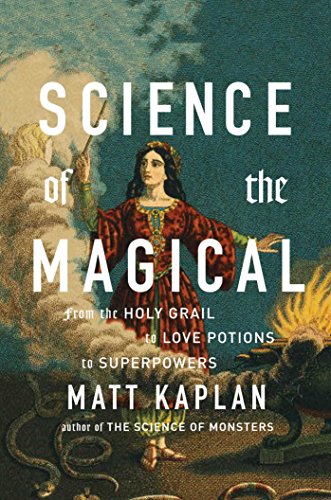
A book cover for Science of the Magical: From the Holy Grail to Love Potions to Superpowers; Matt Kaplan; Politics & Social Sciences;